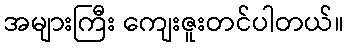
အများကြီး ကျေးဇူးတင်ပါတယ်။